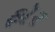
ફૉર